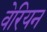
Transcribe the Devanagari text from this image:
वेरियन